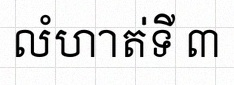
លំហាត់ទី ៣